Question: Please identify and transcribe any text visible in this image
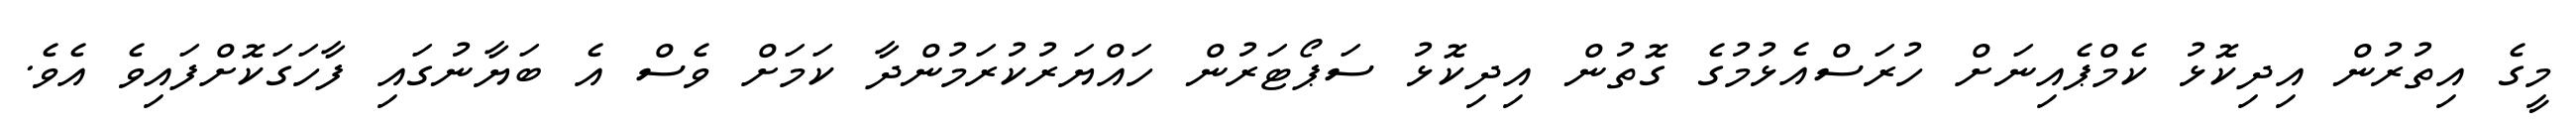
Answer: މީގެ އިތުރުން އިދިކޮޅު ކެމްޕެއިނަށް ހުރަސްއެޅުމުގެ ގޮތުން އިދިކޮޅު ސަޕޯޓަރުން ހައްޔަރުކުރަމުންދާ ކަމަށް ވެސް އެ ބަޔާނުގައި ފާހަގަކޮށްފައިވެ އެވެ.